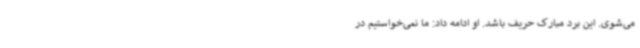
می‌شوی. این برد مبارک حریف باشد. او ادامه داد:‌ ما نمی‌خواستیم در